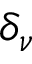
\delta _ { \nu }